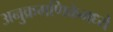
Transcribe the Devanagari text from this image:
अनुक्रमणिकेमध्ये